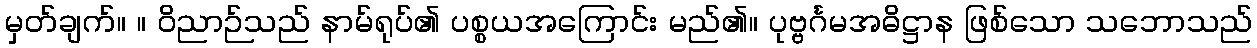
မှတ်ချက်။ ။ ဝိညာဉ်သည် နာမ်ရုပ်၏ ပစ္စယအကြောင်း မည်၏။ ပုဗ္ဗင်္ဂမအဓိဋ္ဌာန ဖြစ်သော သဘောသည်